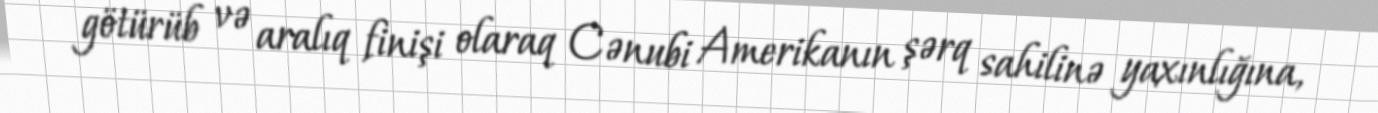
götürüb və aralıq finişi olaraq Cənubi Amerikanın şərq sahilinə yaxınlığına,